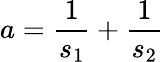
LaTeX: a=\frac{1}{s_{1}}+\frac{1}{s_{2}}